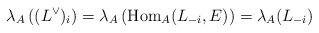
LaTeX: \begin{align*}\lambda_A\left( (L^{\vee})_i \right) = \lambda_A\left( \operatorname{Hom}_A(L_{-i},E) \right) = \lambda_A( L_{-i} )\end{align*}